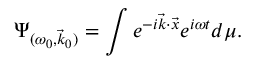
\Psi _ { ( \omega _ { 0 } , \vec { k } _ { 0 } ) } = \int e ^ { - i \vec { k } { \cdot } \vec { x } } e ^ { i \omega t } d \mu .